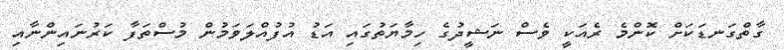
ގާތްގަނޑަކަށް ކޮންމެ ރެއަކީ ވެސް ނަޝީދުގެ ހިމާޔަތުގައި އަޑު އުފުއްލަވަމުން މުސްތަފާ ކަރުނައިންނާއި